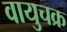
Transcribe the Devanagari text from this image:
वायुचक्र